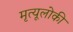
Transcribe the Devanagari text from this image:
मृत्यूलोकी